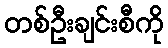
တစ်ဦးချင်းစီကို